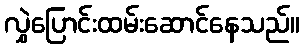
လွှဲပြောင်းထမ်းဆောင်နေသည်။